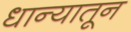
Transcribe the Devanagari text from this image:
धान्यातून